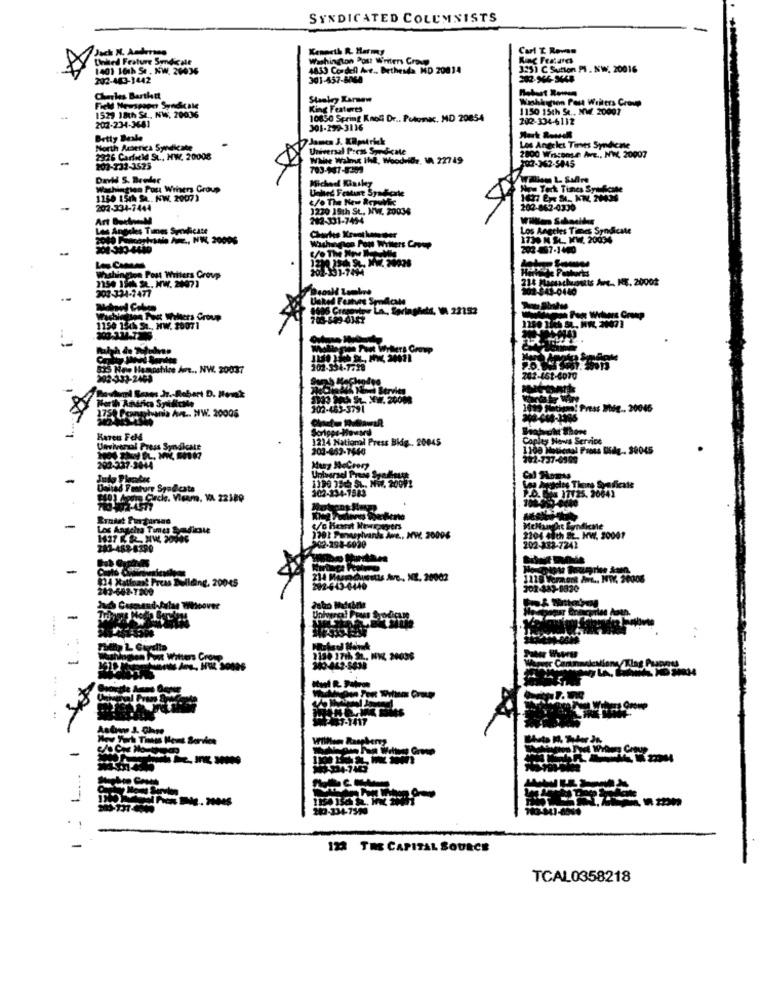
SYNDICATED COLUMNISTS
Jack N. Andersen
Kenneth R. Harmy
Carl Z Rovn
Unked Frature Syndicale
King Featards
1401 16th Se, NW. 20036
4833 Cordell Air .. Bethesda MD 20014
3251 C Sutton FI. NW. 20016
202-443-1442
301-457-8064
Charles Bartlett
Stanley Xarnew
Washington Post Writers Croute
Field Newspaper Syndicale
1529 18th SA ., NW, 20036
King Features
1150 15th Se .. NWZ 20007
202-234-3681
10850 Spring Knoll Dr .. Potom, MD 20854
202-334-6132
301-292-3116
Betty Deale
James J. KRpatrick
Los Angeles Times Syndicne
North America Syndicate
Universal Prest Syndicate
2800 Wisconse Ave ., NW 20007
2326 Garfield St ., HW. 20008
Walne Walme Ihd, Woodside, IA 22749
202-362-5045
203-732-3525
703-147-8359
Miched Kaskey
Washington Post Wrhers Group
Unhed Feature SyaForte
Now Tork Tines Syukcase
1150 15/ SA .. KW. 2007)
*/. The New Roman
1677 Ep SI ., KW. 2M3S
202-334-7444
1220 19th St. NW. 20036
202-862-4330
Art Buch-M
282-331-7454
Willlen Shoalles
Los Angeles Times Syndicate
Los Angeles Times Syndicate
1730 N SL. WW. 20034
Washington Pont Willers Coop
202 -887-1440
10:4.91-7494
washington Post Willers Group
214 Manchunuts A ., ME, 20002
1150 150 SŁ. HW. 20073
307 -334-1477
7503-0140
Unked Festes SpnAcal
-
1150 134 51 .. HW. 2007 1
1190 1/45 5L. M. 2007]
The Pur Wilers Crowp
525 New Hampshire Amt ., NW. 20037
202-334-7728
902-333-2469
2-461-6070
Povinil Seses Jr .- Robert D. Hovek
North Andrica Syiliche
102-483-3791
1019 ftiam! Press Még ., 20046
Ponghania An .. NW. 20006
Scripps-Howard
Bahacht Shore
Karen Feld
1214 National Press Bidg . 20045
Copley News Service
Universal Press Syndicate
203-663-7640
1100 Maticaal Press Sidy .. 39045
202-737-6100
202-237-3044
1190 75 SL. NW. 20092
Universel Press Spalette
Cal Homus
Dalhad Feature Spadcate
302-234-1583
P.D. (.8 17125. 20041
Eyalet Purpursad
Los Angeles Times Syndicate
1437 KR. HW. 20096
201 Panusylvanis Ane ., NW. 30006
2204 48th St. HW. 30001
202-288-7241
902-294-6020
-
1024 Kattom' Press Delläng, 20045
214 Mund
nousstis Ave ., NE. 20002
1119 Vermont AML ., NW. 20008
243-692-7209
292-443-6446
101-883-1830
-
-
Witters Group
.....
-
....
-
122 TRE CAPITAL SOURCE
TCAL0358218